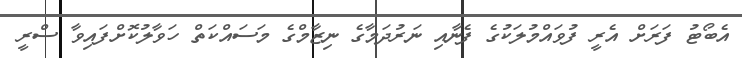
އެބޯޓު ފަރަށް އެރީ ފުވައްމުލަކުގެ ފެނާއި ނަރުދަމާގެ ނިޒާމްގެ މަސައްކަތް ހަވާލުކޮށްފައިވާ ސްރީ